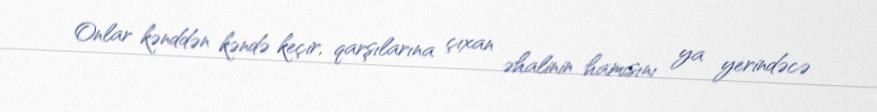
Onlar kənddən kəndə keçir, qarşılarına çıxan əhalinin hamısını ya yerindəcə